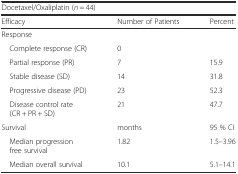
| <COLSPAN=3> Docetaxel/Oxaliplatin (n = 44) |
 | Efficacy | Number of Patients | Percent |
 | --- | --- | --- |
 | <COLSPAN=3> Response |
 | Complete response (CR) | 0 |  |
 | Partial response (PR) | 7 | 15.9 |
 | Stable disease (SD) | 14 | 31.8 |
 | Progressive disease (PD) | 23 | 52.3 |
 | Disease control rate (CR + PR + SD) | 21 | 47.7 |
 | Survival | months | 95 % CI |
 | Median progression free survival | 1.82 | 1.5–3.96 |
 | Median overall survival | 10.1 | 5.1–14.1 |